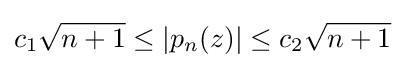
c_{1}{\sqrt {n+1}}\leq |p_{n}(z)|\leq c_{2}{\sqrt {n+1}}